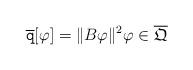
LaTeX: \begin{align*} \overline{\mathtt{q}}[\varphi]= \| B \varphi \|^2\varphi \in \overline{\mathfrak{Q}}\end{align*}